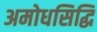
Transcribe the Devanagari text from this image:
अमोधसिद्धि